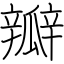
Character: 瓣